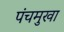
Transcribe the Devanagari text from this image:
पंचमुखा